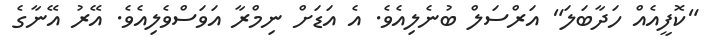
"ކޮފީއެއް ހަދާބަލަ" އަރްސަލް ބުނެލިއެވެ. އެ އަޑަށް ނިމްރާ އަވަސްވެލިއެވެ. އޭރު އޭނާގެ